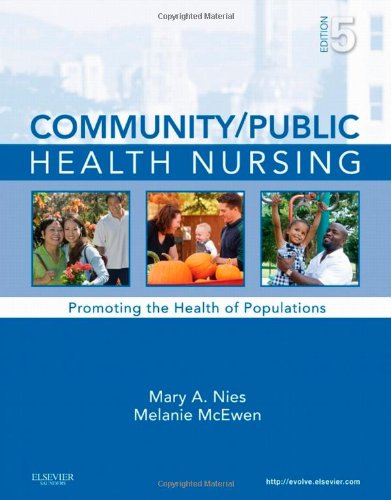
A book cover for Community/Public Health Nursing: Promoting the Health of Populations, 5e; Mary A. Nies PhD  RN  FAAN  FAAHB; Medical Books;